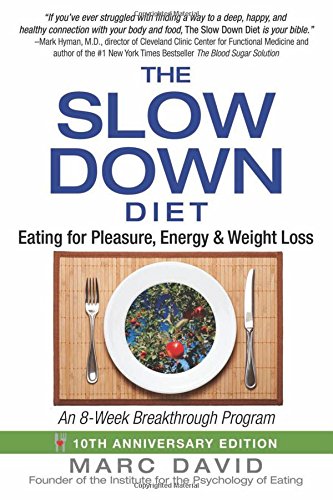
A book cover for The Slow Down Diet: Eating for Pleasure, Energy, and Weight Loss; Marc David; Self-Help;